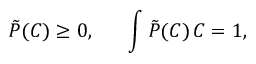
\tilde { P } ( C ) \ge 0 , ~ ~ ~ ~ ~ \int \tilde { P } ( C ) \, \d C = 1 ,